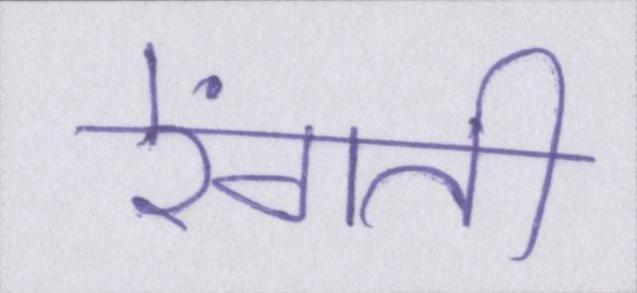
रेंगती